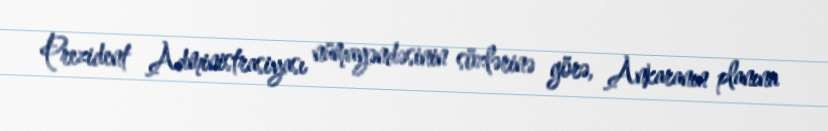
Prezident Administrasiyası nümayəndəsinin sözlərinə görə, Ankaranın planına